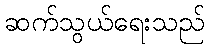
ဆက်သွယ်ရေးသည်